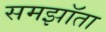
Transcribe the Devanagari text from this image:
समझॉता